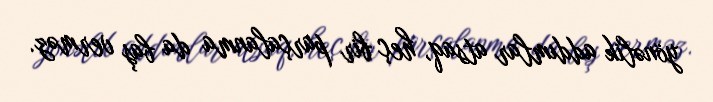
yönəlik addımlar atsaq, heç bir parçalanma da baş verməz.